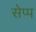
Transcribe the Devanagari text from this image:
सेप्प